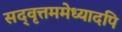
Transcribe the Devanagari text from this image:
सद्‌वृत्तममेध्यादपि